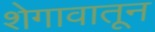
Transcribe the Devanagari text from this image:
शेगावातून